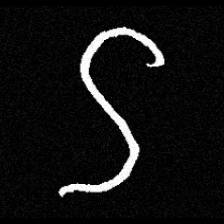
Pyu character \u2014 Myanmar letter: ဌ (romanized: ttha)